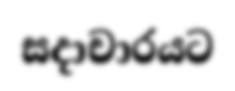
සදාචාරයට